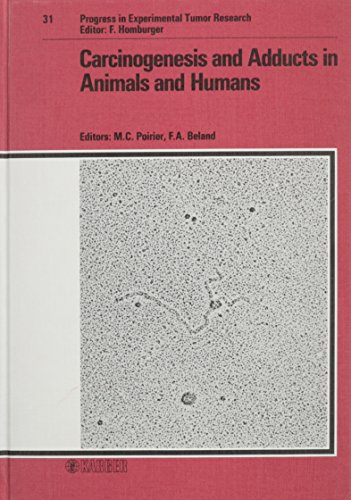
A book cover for Carcinogenesis and Adducts in Animals and Humans: Workshop, Cambridge, Mass., February 1986 (Progress in Tumor Research, Vol. 31); Medical Books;